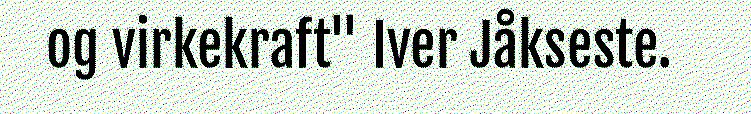
og virkekraft" Iver Jåkseste.